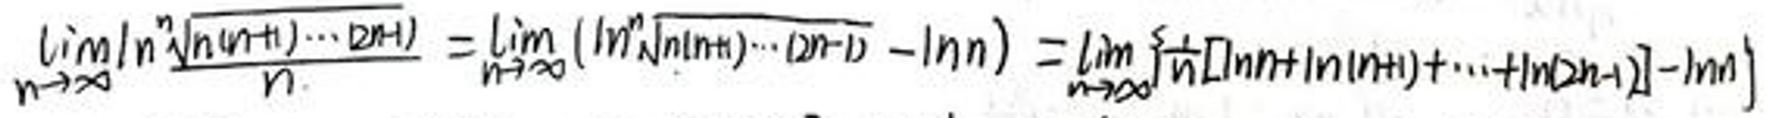
\[
\lim_{n \to \infty} \frac{\ln \sqrt[n]{\ln(n + 1) \cdots \ln(n + 1)}}{n} = \lim_{n \to \infty} (\ln \sqrt[n]{\ln(n + 1) \cdots \ln(n + 1)} - \ln n) = \lim_{n \to \infty} \left[\frac{1}{n} (\ln \ln(n + 1) + \cdots + \ln \ln(n + 1)) - \ln n\right]
\]